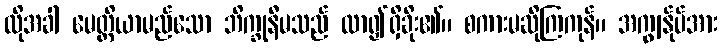
ထိုအခါ မေတ္တိယာမည်သော ဘိက္ခုနီမသည် လာ၍ရှိခိုး၏။ စကားမဆိုကြကုန်။ အကျွန်ုပ်အား